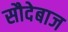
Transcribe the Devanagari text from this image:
सौदेबाज